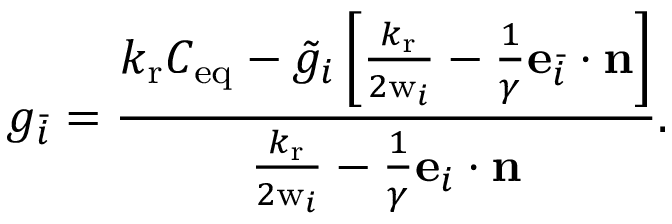
g _ { \bar { i } } = \frac { { k _ { \mathrm { r } } C _ { \mathrm { e q } } - \tilde { g } _ { i } \left[ { { \frac { k _ { \mathrm { r } } } { 2 \mathrm { w } _ { i } } } - \frac { 1 } { \gamma } \mathbf { e } _ { \bar { i } } \cdot \mathbf { n } } \right] } } { { { \frac { k _ { \mathrm { r } } } { 2 \mathrm { w } _ { i } } } - \frac { 1 } { \gamma } \mathbf { e } _ { i } \cdot \mathbf { n } } } .